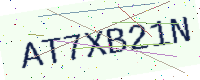
Text: AT7XB21N